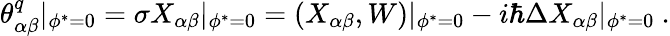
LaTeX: \theta_{\alpha\beta}^{q}|_{\phi^{*}=0}=\sigma X_{\alpha\beta}|_{\phi^{*}=0}=(X_{\alpha\beta},W)|_{\phi^{*}=0}-i\hbar\Delta X_{\alpha\beta}|_{\phi^{*}=0}\ .